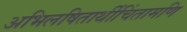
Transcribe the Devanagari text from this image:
अभिलषितार्थीचिंतामणि